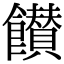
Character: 𩟪